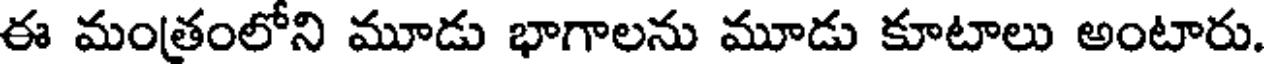
ఈ మంత్రంలోని మూడు భాగాలను మూడు కూటాలు అంటారు.